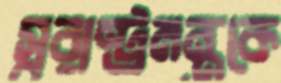
স্বরাষ্ট্রমন্ত্রকে